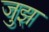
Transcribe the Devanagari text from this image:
जुझ